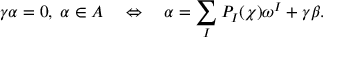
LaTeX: \gamma \alpha = 0 , \; \alpha \in \cal { A } \quad \Leftrightarrow \quad \alpha = \sum _ { I } P _ { I } ( \chi ) \omega ^ { I } + \gamma \beta .